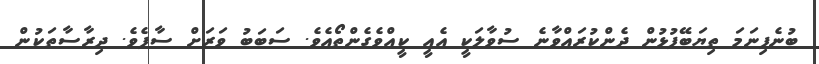
ބުނެފިނަމަ ތިޔަބޭފުޅުން ދެންކުރައްވާނެ ސުވާލަކީ އެއީ ކީއްވެގެންތޯއެވެ. ސަބަބު ވަރަށް ސާފެވެ. ދިރާސާތަކުން